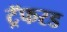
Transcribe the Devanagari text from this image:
ट्रॅफरड